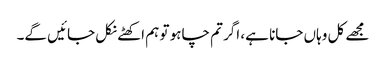
مجھے کل وہاں جانا ہے، اگر تم چاہو تو ہم اکھٹے نکل جائیں گے۔